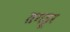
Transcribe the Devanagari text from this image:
तगडूर